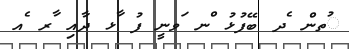
ުތން ެދ ބޭފުޅު ްނ ަވނީ ފު ާޅ ދާއި ާރ ެއ